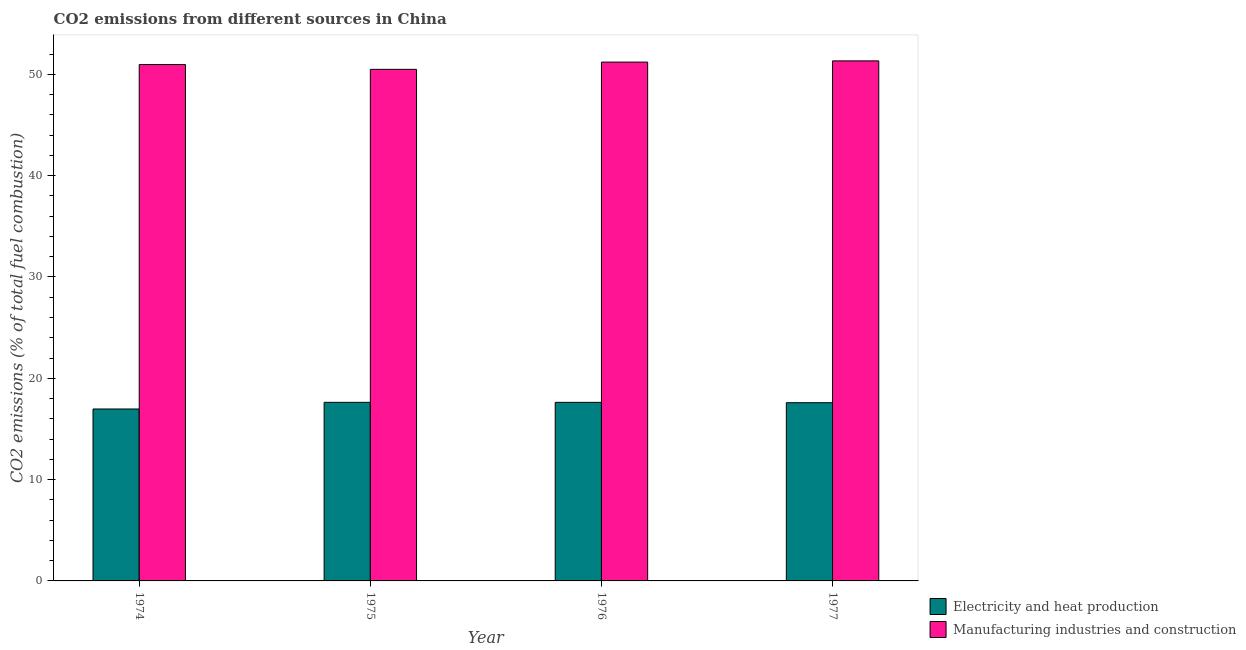
| Year | Electricity and heat production | Manufacturing industries and construction |
 | --- | --- | --- |
 | 1974 | 17 | 51 |
 | 1975 | 17.6 | 50.5 |
 | 1976 | 17.6 | 51.2 |
 | 1977 | 17.6 | 51.3 |